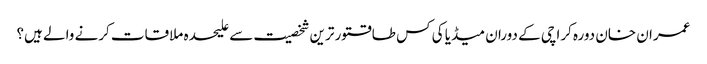
عمران خان دورہ کراچی کے دوران میڈیا کی کس طاقتور ترین شخصیت سے علیحدہ ملاقات کرنے والے ہیں؟